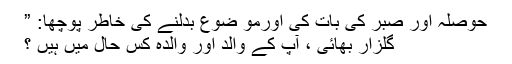
حوصلہ اور صبر کی بات کی اورمو ضوع بدلنے کی خاطر پوچھا: ”
گلزار بھائی ، آپ کے والد اور والدہ کس حال میں ہیں ؟